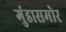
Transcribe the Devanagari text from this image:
गुंडासमोर